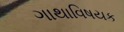
ગાથાવિષયક